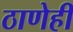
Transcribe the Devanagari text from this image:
ठाणेही